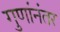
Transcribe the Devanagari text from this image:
गुणांनंतर